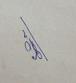
Signature authenticity: genuine